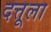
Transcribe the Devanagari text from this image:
दत्तूला